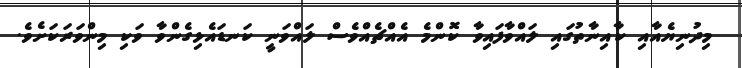
މިދުނިޔެއާއި ކާއިނާތުގައި ލައްވާފައިވާ ކޮންމެ އެއްޗެއްވެސް ލައްވަނީ ކަނޑައެޅިގެންވާ ވަކި މިންވަރަކަށެވެ.